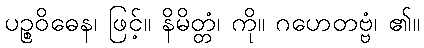
ပဉ္စဝိဓေန၊ ဖြင့်။ နိမိတ္တံ၊ ကို။ ဂဟေတဗ္ဗံ၊ ၏။